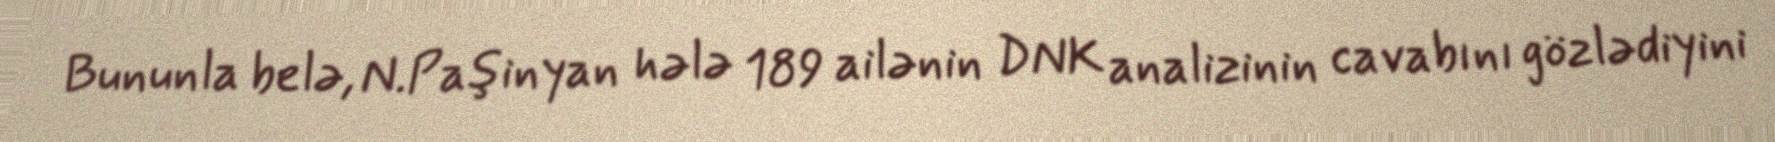
Bununla belə, N.Paşinyan hələ 189 ailənin DNK analizinin cavabını gözlədiyini